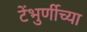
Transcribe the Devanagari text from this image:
टेंभुर्णीच्या